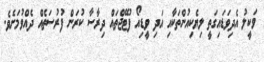
ވަކީލު އެދިވަޑައިގަތީ ލިޔެކިއުންތަކާއި އަދި ވީޑިއޯ ފުޓޭޖްތައް ދިރާސާ ކުރަން ފުރުސަތެއް ދެއްވުމަށެވެ.